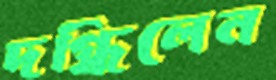
দগ্ধিলেন